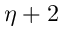
\eta + 2